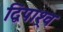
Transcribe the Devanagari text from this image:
द्विपाश्र्व